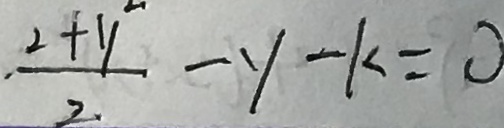
\frac { 2 + y } { 2 } - y - k = 0